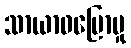
သာယာဝပြောမှု